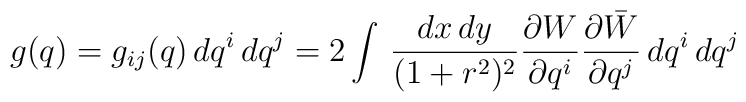
g(q)=g_{ij}(q)\, dq^{i}\, dq^{j}=2\int\, \frac{dx\, dy}{(1+r^{2})^{2}}\frac{\partial W}{\partial q^{i}}\frac{\partial \bar{W}}{\partial q^{j}}\, dq^{i}\, dq^{j}